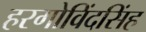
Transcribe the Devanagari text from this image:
हरगोविंदसिंह